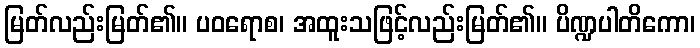
မြတ်လည်းမြတ်၏။ ပဝရောစ၊ အထူးသဖြင့်လည်းမြတ်၏။ ပိဏ္ဍပါတိကော၊